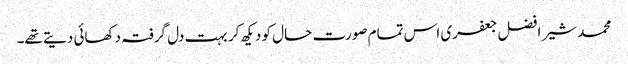
محمد شیر افضل جعفری اس تمام صورت حال کو دیکھ کر بہت دل گرفتہ دکھائی دیتے تھے۔